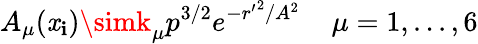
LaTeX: A_{\mu}(\mathit{x}_{\mathbf{i}})\simk_{\mu}p^{3/2}e^{-{r^{\prime}}^{2}/A^{2}}\; \; \; \; \mu=1,...,6